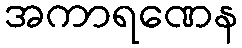
အကာရဏေန